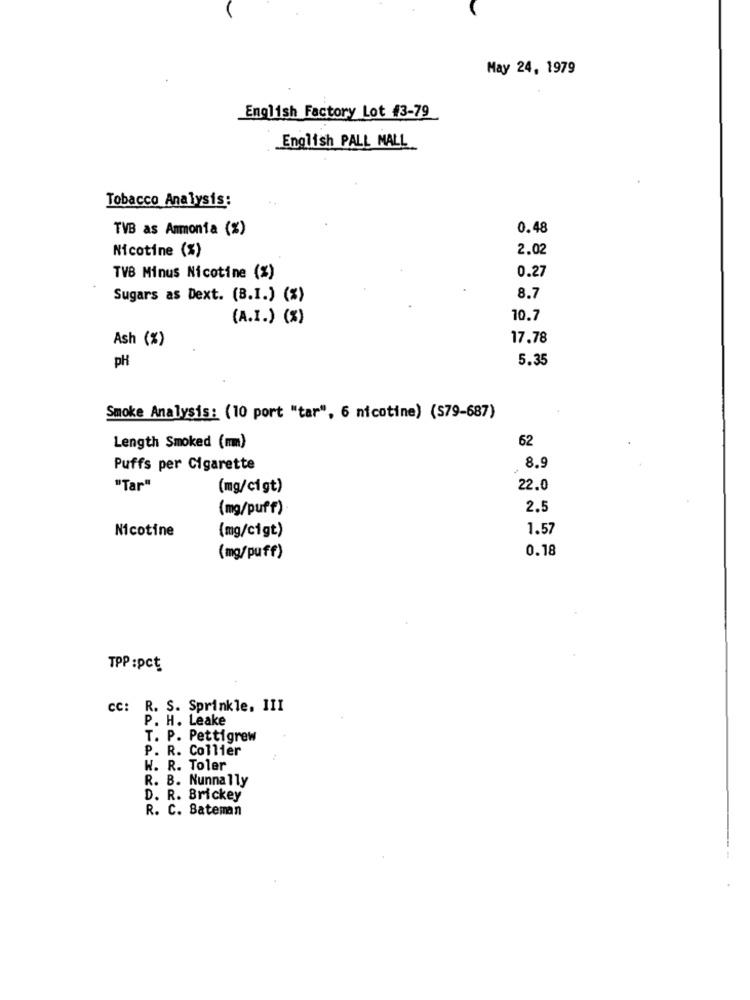
May 24, 1979
English Factory Lot #3-79
English PALL MALL
Tobacco Analysis:
TVB as Ammonia (%)
0.48
Nicotine (%)
2.02
TVB Minus Nicotine (%)
0.27
Sugars as Dext. (B.I.) (*)
8.7
(A.I.) (%)
10.7
Ash (%)
17.78
pH
5.35
Smoke Analysis: (10 port "tar", 6 nicotine) (579-687)
62
Length Smoked (mm)
Puffs per Cigarette
8.9
"Tar"
(mg/cigt)
22.0
(mg/puff)
2.5
Nicotine
(mg/cigt)
1.57
0.18
(mg/puff)
TPP :pct
CC: R. S. Sprinkle, III
P. H. Leake
T. P. Pettigrew
P. R. Collier
W. R. Toler
R. B. Nunnally
D. R. Brickey
R. C. Bateman